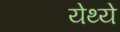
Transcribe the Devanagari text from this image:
येथ्ये